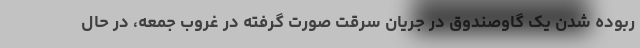
ربوده شدن یک گاوصندوق در جریان سرقت صورت گرفته در غروب جمعه، در حال